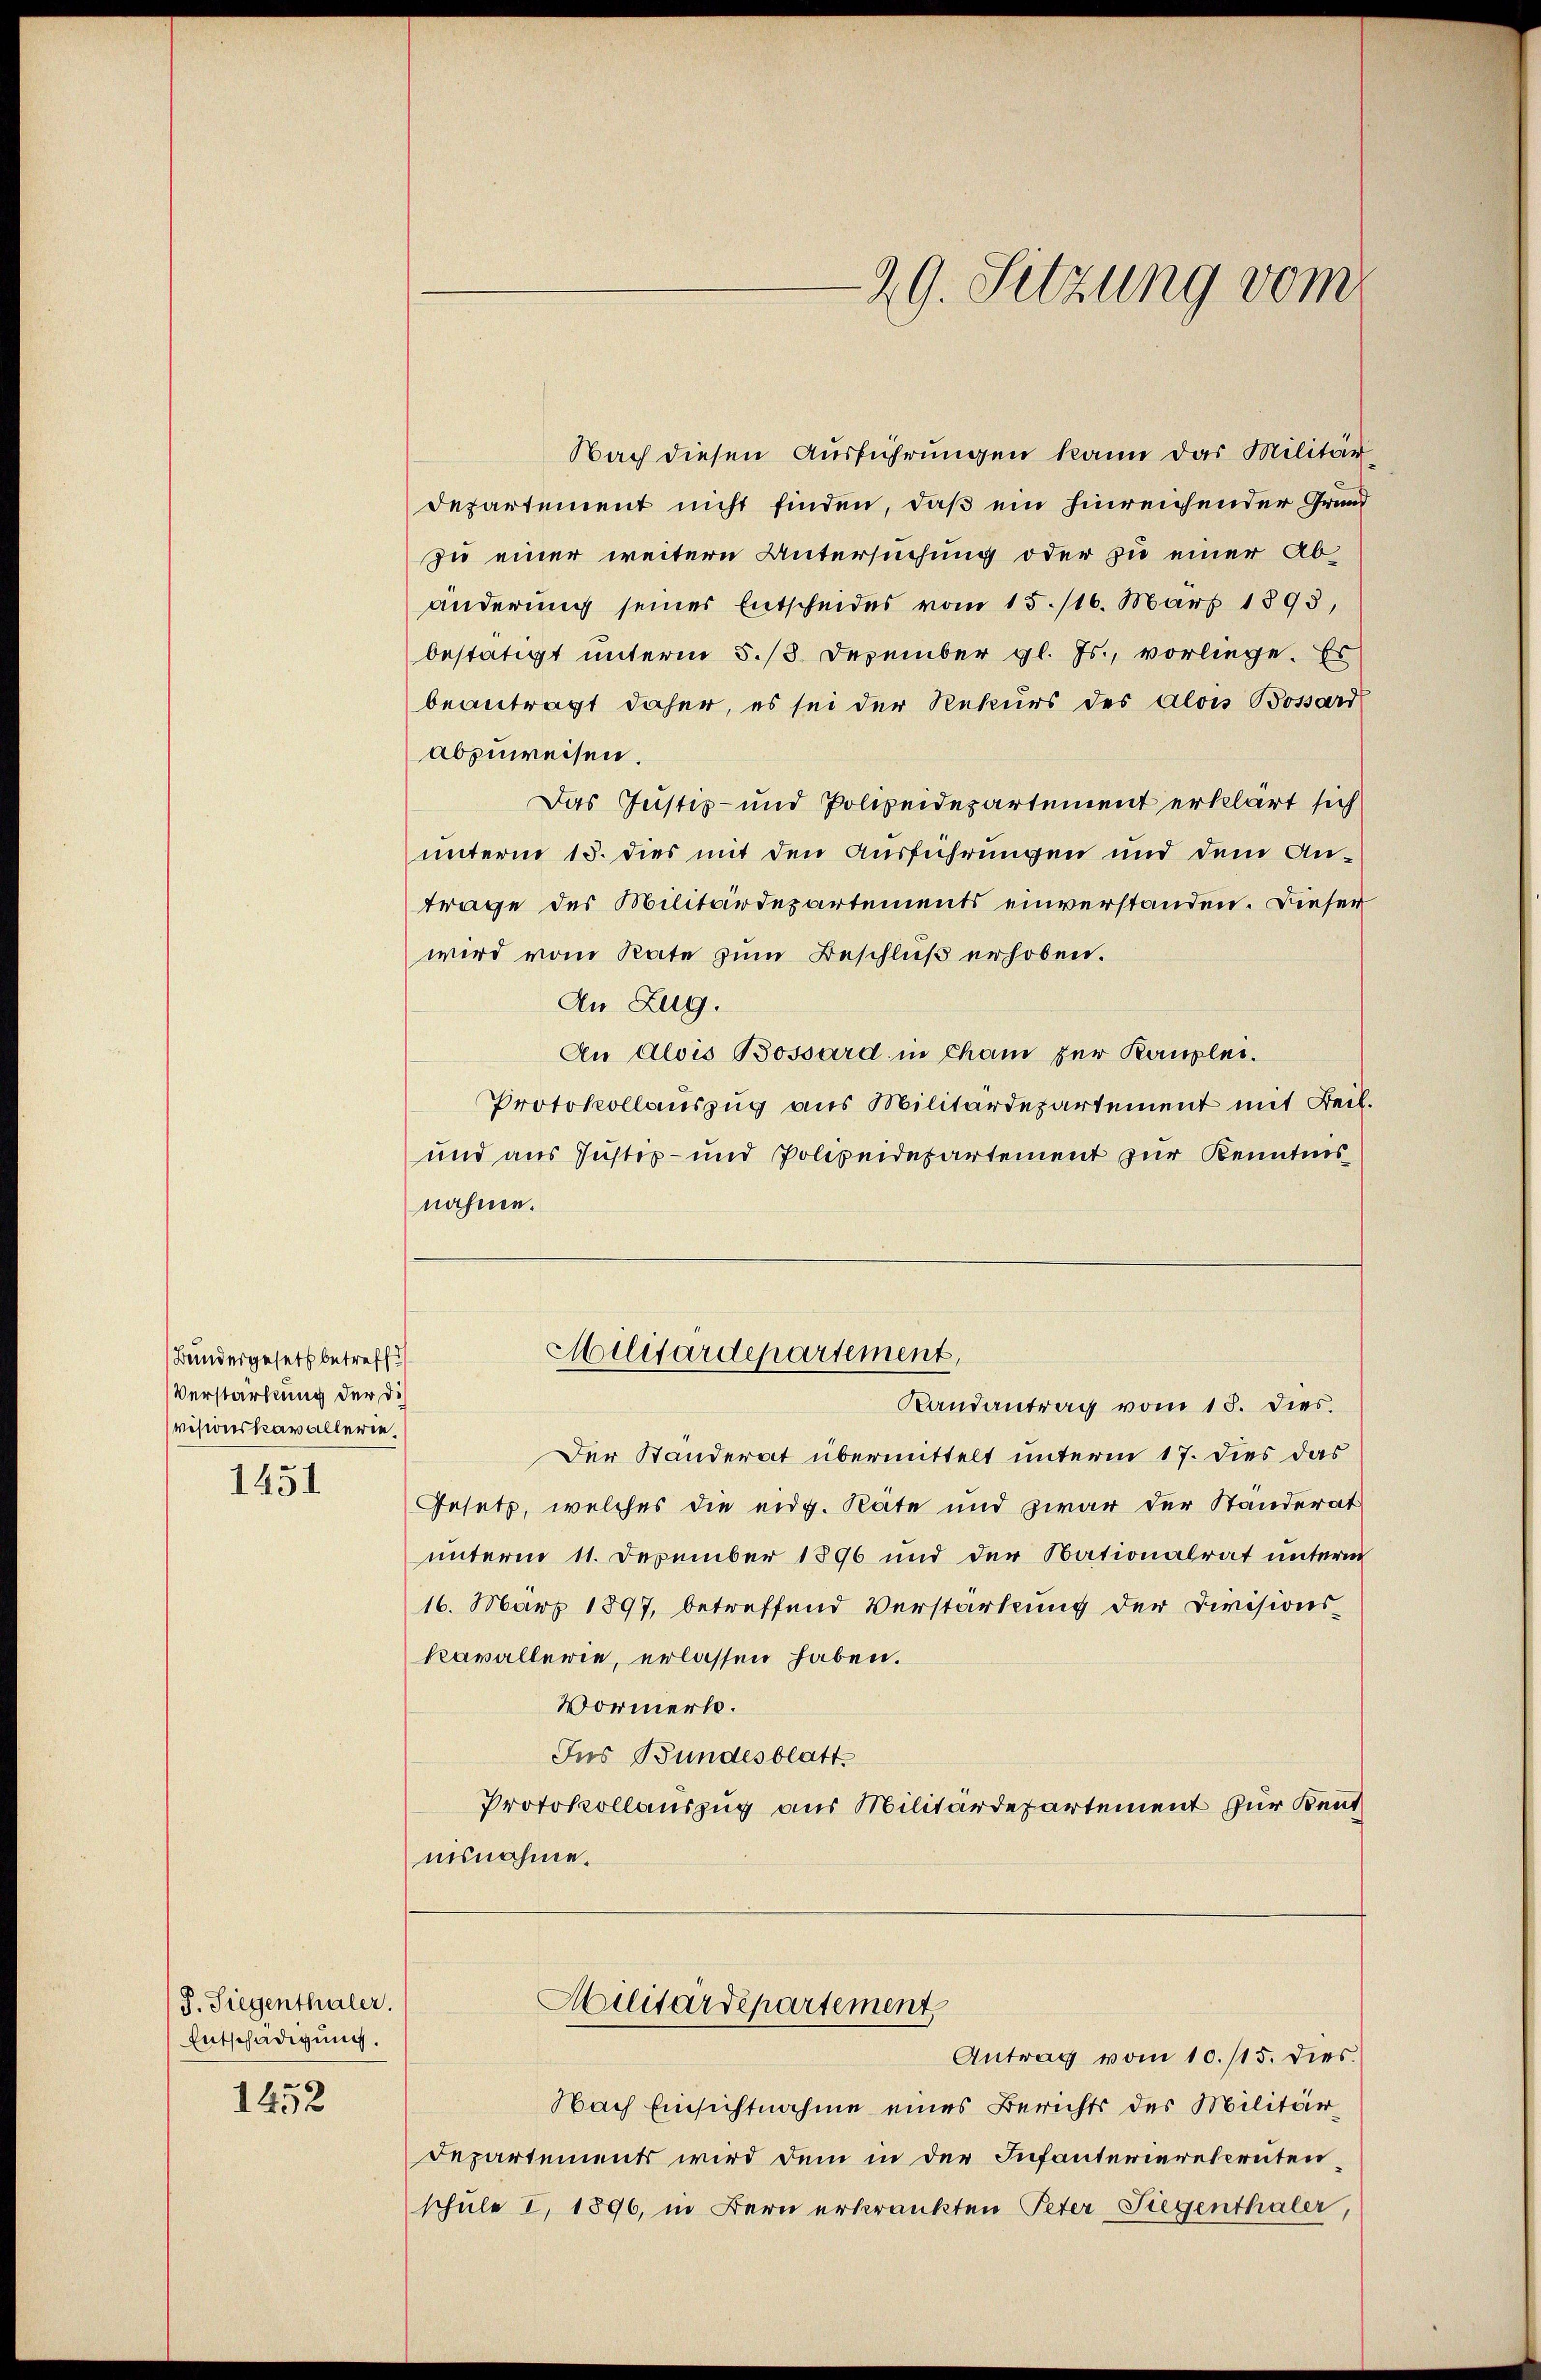
Bundergesetz betreff
Verstärkung der di
visionskavallerie.

1451

J. Siegenthaler.
Entschädigung.

1452

Nach diesen Ausführungen kann das Militär-
Departement nicht finden, daß ein hinreichender Grund
zu einer weitere Untersuchung oder zu einer Abänderung seines Entscheides vom 15./16. März 1893,
bestätigt unterm 5. 18. Dezember gl. Js., vorliege. Es
beantragt daher, es sei der Rekurs des Alois Bossard
abzuweisen.
Das Justiz- und Polizeidepartement erklärt sich
unterm 15. dies mit den Ausführungen und dem Antrage des Militärdepartements einverstanden. Dieser
wird vom Rate zum Beschluß erhoben.
An Zug.
An Alois Bossard in Cham zur Kanzlei.
Protokollauszug aus Militärdepartement mit Beck.
und aus Justiz- und Polizeidepartement zur Kenntnis
nahmen.
Militärdepartement,
Randantrag vom 13. Dies.
Der Standerat übermittelt unterm 17. dies das
Gesetz, welches die eidg. Räte und zwar der Ständerat
unterm 11. Dezember 1896 und der Nationalrat unterm
16. März 1897, betreffend Verstärkung der Divisionskavallerie, erlassen haben.
Vormerk.
Ins Bundesblatt.
Protokollauszug aus Militärdepartement zur Kentnisnahme.
Militärdepartement
Antrag vom 10./15. dies
Nach Einsichtnahme eines Berichts des Militär¬
Departements wird dem in der Infanterierescrutenschule I 1896, in Bern erkränkten Peter Siegenthaler

29. Sitzung vom